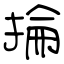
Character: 掄